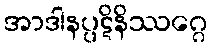
အာဒါနပ္ပဋိနိဿဂ္ဂေ